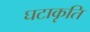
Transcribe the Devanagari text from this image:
घटाकृति